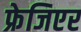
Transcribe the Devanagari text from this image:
फ्रेजिएर